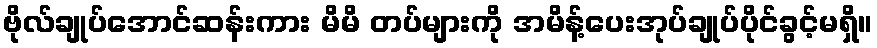
ဗိုလ်ချုပ်အောင်ဆန်းကား မိမိ တပ်များကို အမိန့်ပေးအုပ်ချုပ်ပိုင်ခွင့်မရှိ။